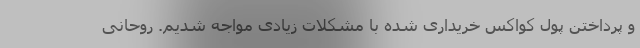
و پرداختن پول کواکس خریداری شده با مشکلات زیادی مواجه شدیم. روحانی